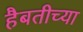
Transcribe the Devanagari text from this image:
हैबतीच्या